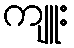
ကျူး